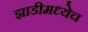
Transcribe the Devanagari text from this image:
झाडीमध्येच